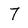
Character: 7